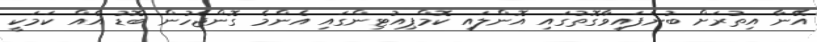
އޭނާ އިތުރަށް ބުނެފައިވާގޮތުގައި އޮންލައި ކޮމްޕިއުޓިންގައި އެންމެ ގޮންޖެހުން ބޮޑު އެއް ކަމަކީ